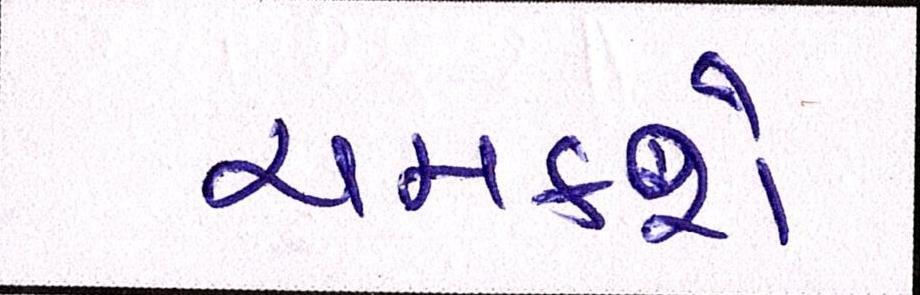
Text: ચમકશે